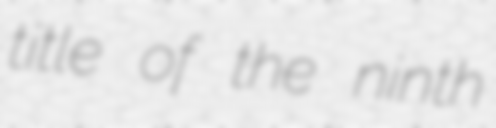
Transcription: title of the ninth